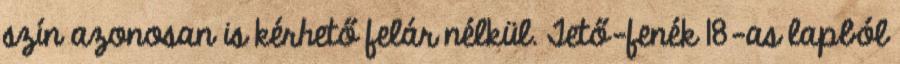
szín azonosan is kérhető felár nélkül. Tető-fenék 18-as lapból